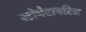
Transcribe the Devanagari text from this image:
स्टोमेटायटिस